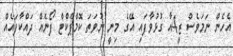
އެހެން ނަމަވެސް ޒީ4އާ ގުޅުވާފައި އޭގެ މިނީ ނުވަތަ ކޮމްޕެކްޓް ފޯނެއް ދައްކާފައެއް